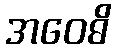
အဝေဓိ